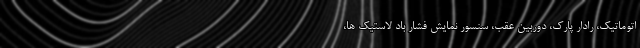
اتوماتیک، رادار پارک، دوربین عقب، سنسور نمایش فشار باد لاستیک ها،